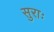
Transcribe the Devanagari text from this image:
सुराः